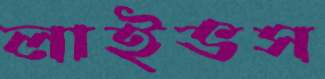
লাইভস